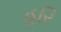
હરિ